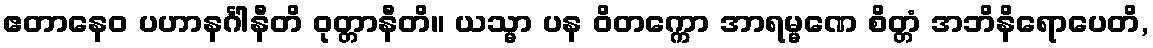
ဧတာနေဝ ပဟာနင်္ဂါနီတိ ဝုတ္တာနီတိ။ ယသ္မာ ပန ဝိတက္ကော အာရမ္မဏေ စိတ္တံ အဘိနိရောပေတိ,